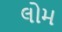
લોમ